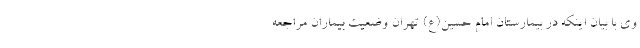
وی با بیان اینکه در بیمارستان امام حسین(ع) تهران وضعیت بیماران مراجعه